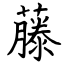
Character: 藤